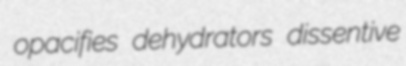
opacifies dehydrators dissentive